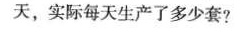
天，实际每天生产了多少套?